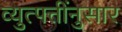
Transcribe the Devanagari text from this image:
व्युत्पत्तींनुसार